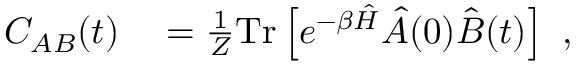
\begin{array} { r l } { C _ { A B } ( t ) } & { { } = \frac { 1 } { Z } \mathrm { T r } \left[ e ^ { - \beta \hat { H } } \hat { A } ( 0 ) \hat { B } ( t ) \right] \mathrm { ~ , ~ } } \end{array}